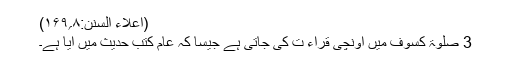
(اعلاء السنن:۸؍۱۶۹)
3 صلوٰۃ کسوف میں اونچی قراء ت کی جاتی ہے جیسا کہ عام کتب حدیث میں آیا ہے۔